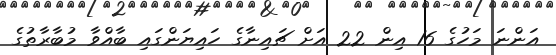
އަންނަ މަހުގެ 16 އިން 22 އަށް ޗައިނާގެ ހައިޔަންގައި ބާއްވާ މުބާރާތުގެ